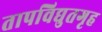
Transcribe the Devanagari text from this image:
तापविद्युतगृह